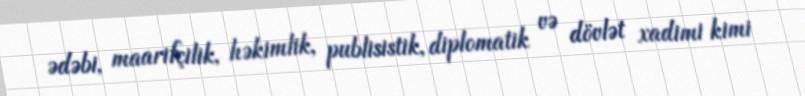
ədəbi, maarifçilik, həkimlik, publisistik, diplomatik və dövlət xadimi kimi